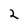
Character: 2